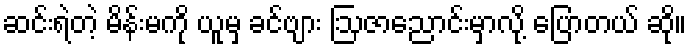
ဆင်းရဲတဲ့ မိန်းမကို ယူမှ ခင်ဗျား ဩဇာညောင်းမှာလို့ ပြောတယ် ဆို။